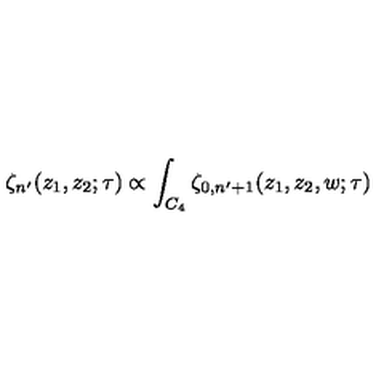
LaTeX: \zeta _ { n ^ { \prime } } ( z _ { 1 } , z _ { 2 } ; \tau ) \propto \int _ { C _ { 4 } } \zeta _ { 0 , n ^ { \prime } + 1 } ( z _ { 1 } , z _ { 2 } , w ; \tau )